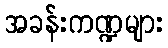
အခန်းကဏ္ဍများ